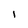
Character: I